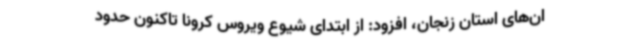
ان‌های استان زنجان، افزود: از ابتدای شیوع ویروس کرونا تاکنون حدود